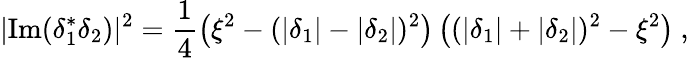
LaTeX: |\mathrm{{Im}}(\delta_{1}^{*}\delta_{2})|^{2}=\frac{1}{4}\left(\xi^{2}-(|\delta_{1}|-|\delta_{2}|)^{2}\right)\left((|\delta_{1}|+|\delta_{2}|)^{2}-\xi^{2}\right)~,